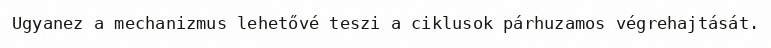
Ugyanez a mechanizmus lehetővé teszi a ciklusok párhuzamos végrehajtását.